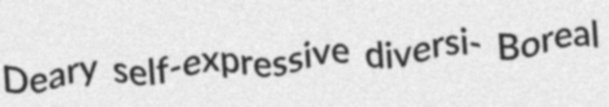
Deary self-expressive diversi- Boreal